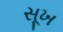
સૂખ